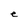
Character: e